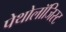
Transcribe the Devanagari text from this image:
पेथोलॉजिस्ट